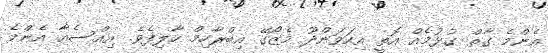
އެންމެ ގާތް ގުޅުމެއް އޮތީ އިހަވަންދޫ މެޒޯގޭ އިބްރާހިމް ހާލިފެވެ. އިއްސެއާ އެންމެ